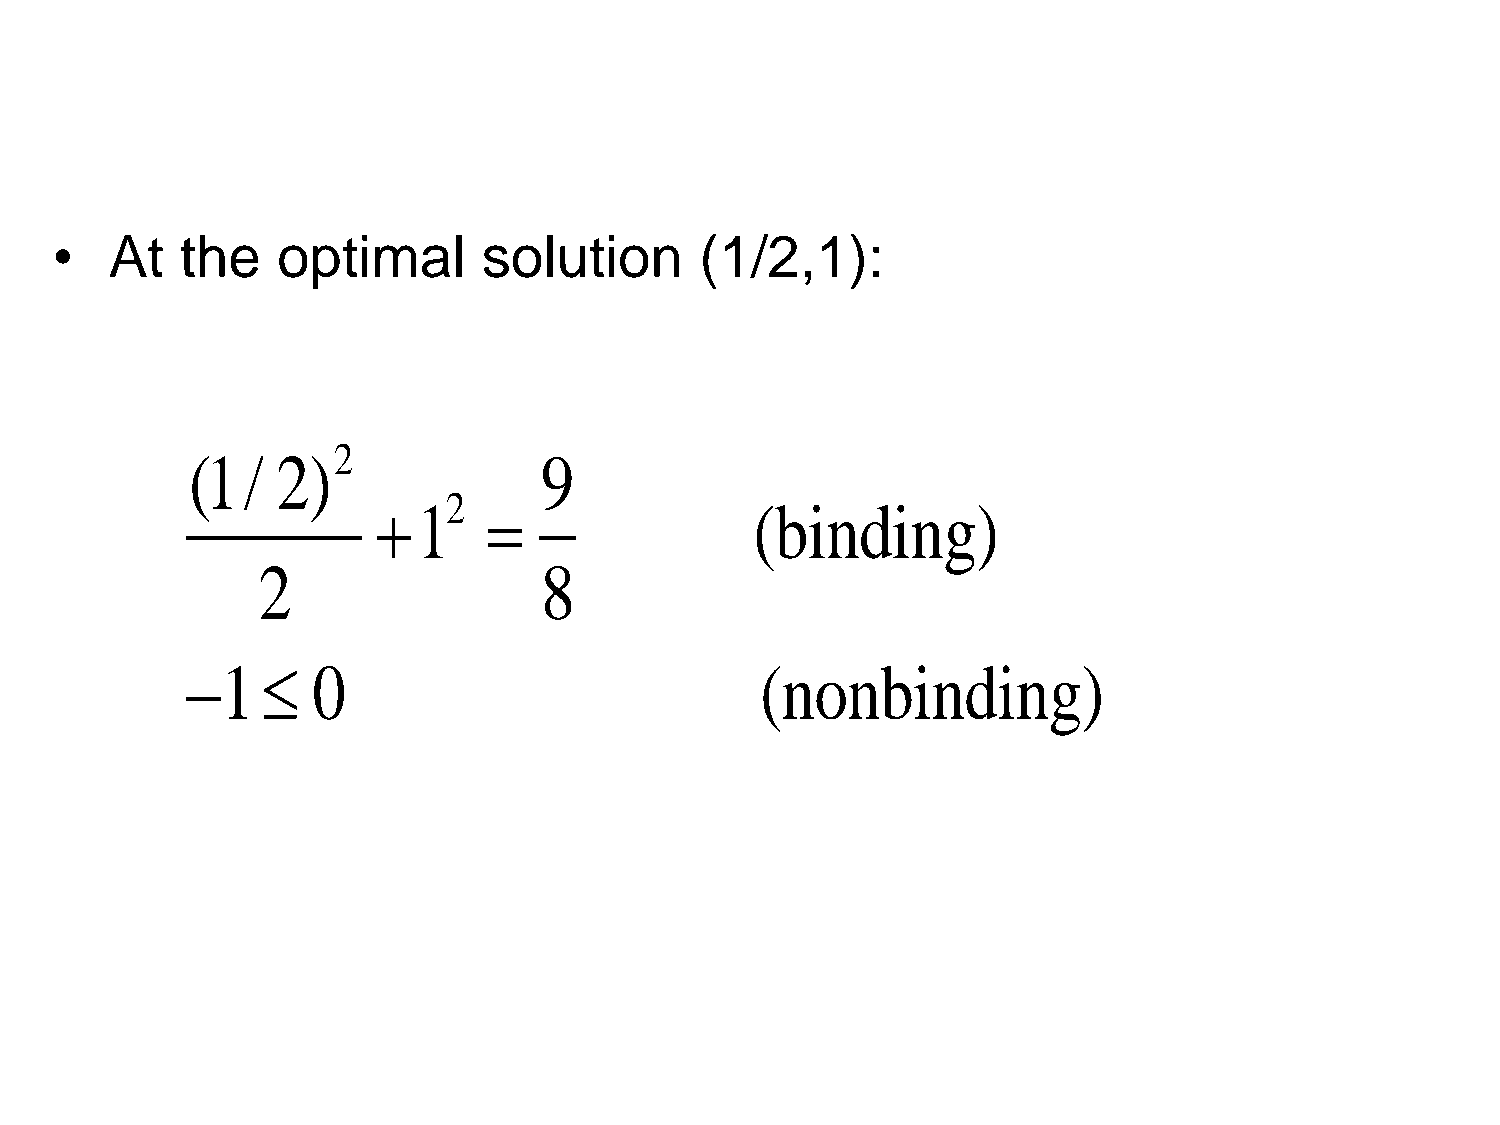
•   At   the   optimal       solution      (1/2,1):
 2
 (1/  2)                9
 2
 1                      (binding)
 2                  8
 1      0                            (nonbinding)